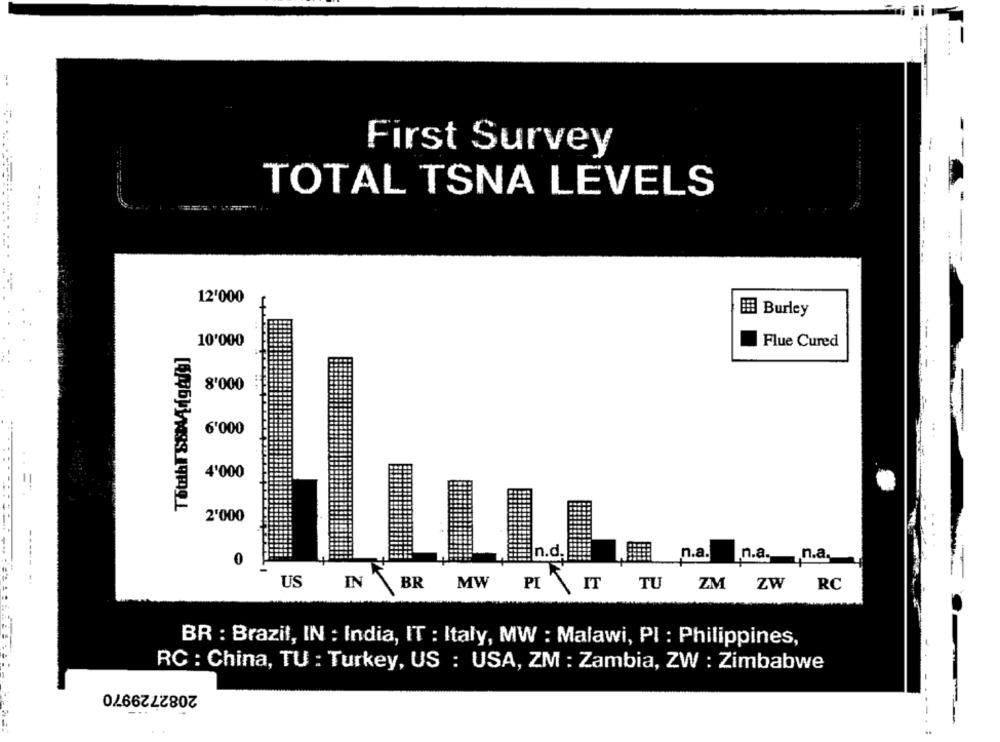
First Survey
TOTAL TSNA LEVELS
..
12'000
### Burley
10'000
Flue Cured
8'000
6'000
4'000
="
2'000
n.a.
n.a. , n.a.
US
IN
BR
MW
IT
TU
ZW
RC
PI
ZM
BR : Brazil, IN : India, IT : Italy, MW : Malawi, PI : Philippines,
RC : China, TU : Turkey, US : USA, ZM : Zambia, ZW : Zimbabwe
2082729970